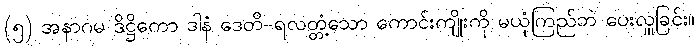
(၅) အနာဂမ ဒိဋ္ဌိကော ဒါနံ ဒေတိ-ရလတ္တံ့သော ကောင်းကျိုးကို မယုံကြည်ဘဲ ပေးလှူခြင်း။